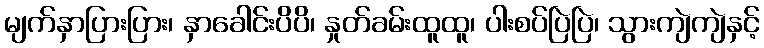
မျက်နှာပြားပြား၊ နှာခေါင်းပိပိ၊ နှုတ်ခမ်းထူထူ၊ ပါးစပ်ပြဲပြဲ၊ သွားကျဲကျဲနှင့်